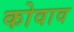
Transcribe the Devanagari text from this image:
कोवाव